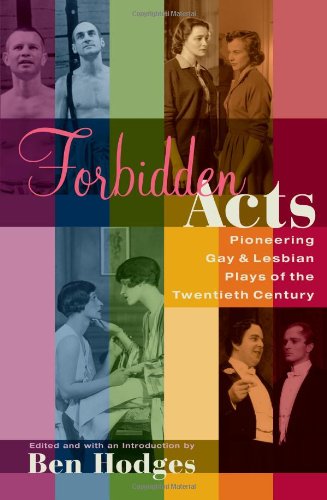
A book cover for Forbidden Acts: Pioneering Gay & Lesbian Plays of the 20th Century; Ben Hodges; Literature & Fiction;